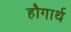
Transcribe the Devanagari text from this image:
हौगार्थ